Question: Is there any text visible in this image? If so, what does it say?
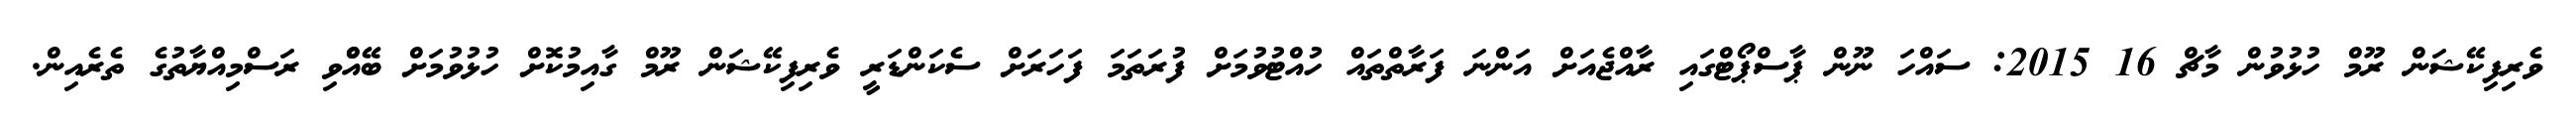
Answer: ވެރިފިކޭޝަން ރޫމް ހުޅުވުން މާޗް 16 2015: ސައްހަ ނޫން ޕާސްޕޯޓްގައި ރާއްޖެއަށް އަންނަ ފަރާތްތައް ހުއްޓުވުމަށް ފުރަތަމަ ފަހަރަށް ސެކަންޑަރީ ވެރިފިކޭޝަން ރޫމް ގާއިމުކޮށް ހުޅުވުމަށް ބޭއްްވި ރަސްމިއްޔާތުގެ ތެރެއިން.